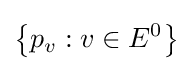
\left\{p_{v}:v\in E^{0}\right\}